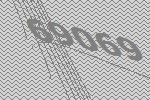
69069